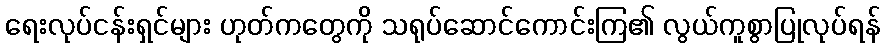
ရေးလုပ်ငန်းရှင်များ ဟုတ်ကတွေကို သရုပ်ဆောင်ကောင်းကြ၏ လွယ်ကူစွာပြုလုပ်ရန်